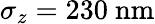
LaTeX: \sigma_{z}=230\ \mathrm{nm}